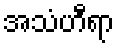
အသံဟီရာ